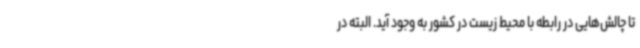
تا چالش‌هایی در رابطه با محیط زیست در کشور به وجود آید. البته در